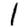
Digit: 1